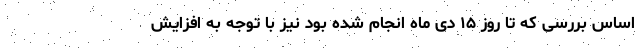
اساس بررسی که تا روز ١۵ دی ماه انجام شده بود نیز با توجه به افزایش